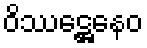
ဝိဿဋ္ဌေနေဝ